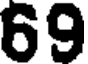
69